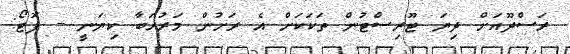
ރަސްދޫއަށް ދިޔަ ޓޫރިސްޓުން ތަކަކަށް އެ ރަށުން މަރުހަބާ ކިޔަނީ -- ފޮޓޯ: